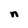
Character: n